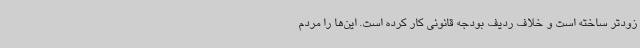
زودتر ساخته است و خلاف ردیف بودجه قانونی کار کرده است. این‌ها را مردم